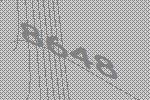
8648